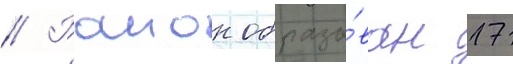
// Раион образо́ван 17